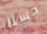
حسنا